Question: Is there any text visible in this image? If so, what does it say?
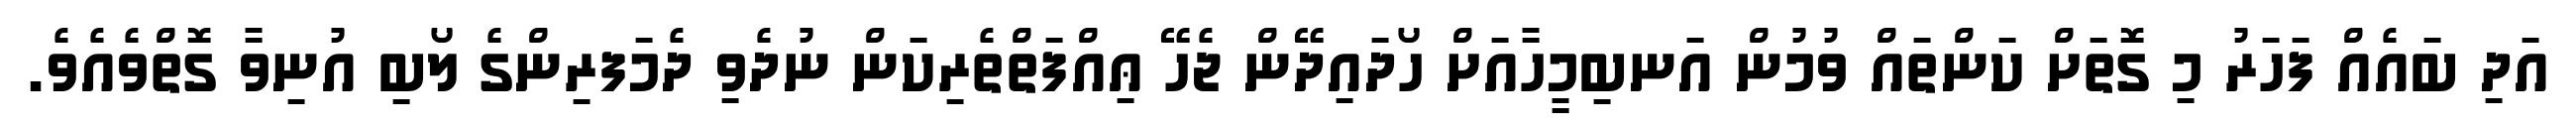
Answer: އަދި ބައެއް ފަހަރު މި ގޮތަށް ކަންތައް ވުމުން އަނބިމީހާއަށް ހޯދައިދޭން ޖެހޭ ޢިއްފަތްތެރިކަން ނުދެވި ދެމަފރިންގެ ލޯބި އުނިވާ ގޮތްވެއެވެ.